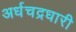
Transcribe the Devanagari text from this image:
अर्धचद्रधारी